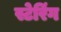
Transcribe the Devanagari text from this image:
स्टेरिंग